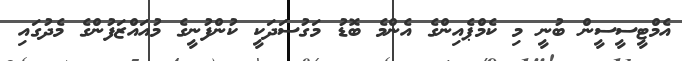
އެމްޓީސީސީން ބުނީ މި ކެމްޕެއިންގެ އެންމެ ބޮޑު މަގުސަދަކީ ކުންފުނީގެ މުއައްޒަފުންގެ މެދުގައި